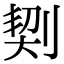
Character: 㓶